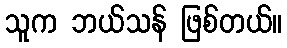
သူက ဘယ်သန် ဖြစ်တယ်။